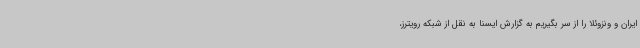
ایران و ونزوئلا را از سر بگیریم به گزارش ایسنا به نقل از شبکه رویترز،